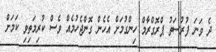
ދެ ވަނަ ފުރުސަތު ޕްރޮގްރާމް ހިންގުމަށް އެހެން ގޮންޖެހުމެއް ވެސް ކުރިމަތިވި ކަމަށް